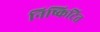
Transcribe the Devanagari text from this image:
निष्किटित